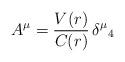
LaTeX: \begin{align*}A^{\mu}=\frac{V(r)}{C(r)}\,{\delta^{\mu}}_{4}\end{align*}